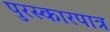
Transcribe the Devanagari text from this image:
पुरस्कारपात्र